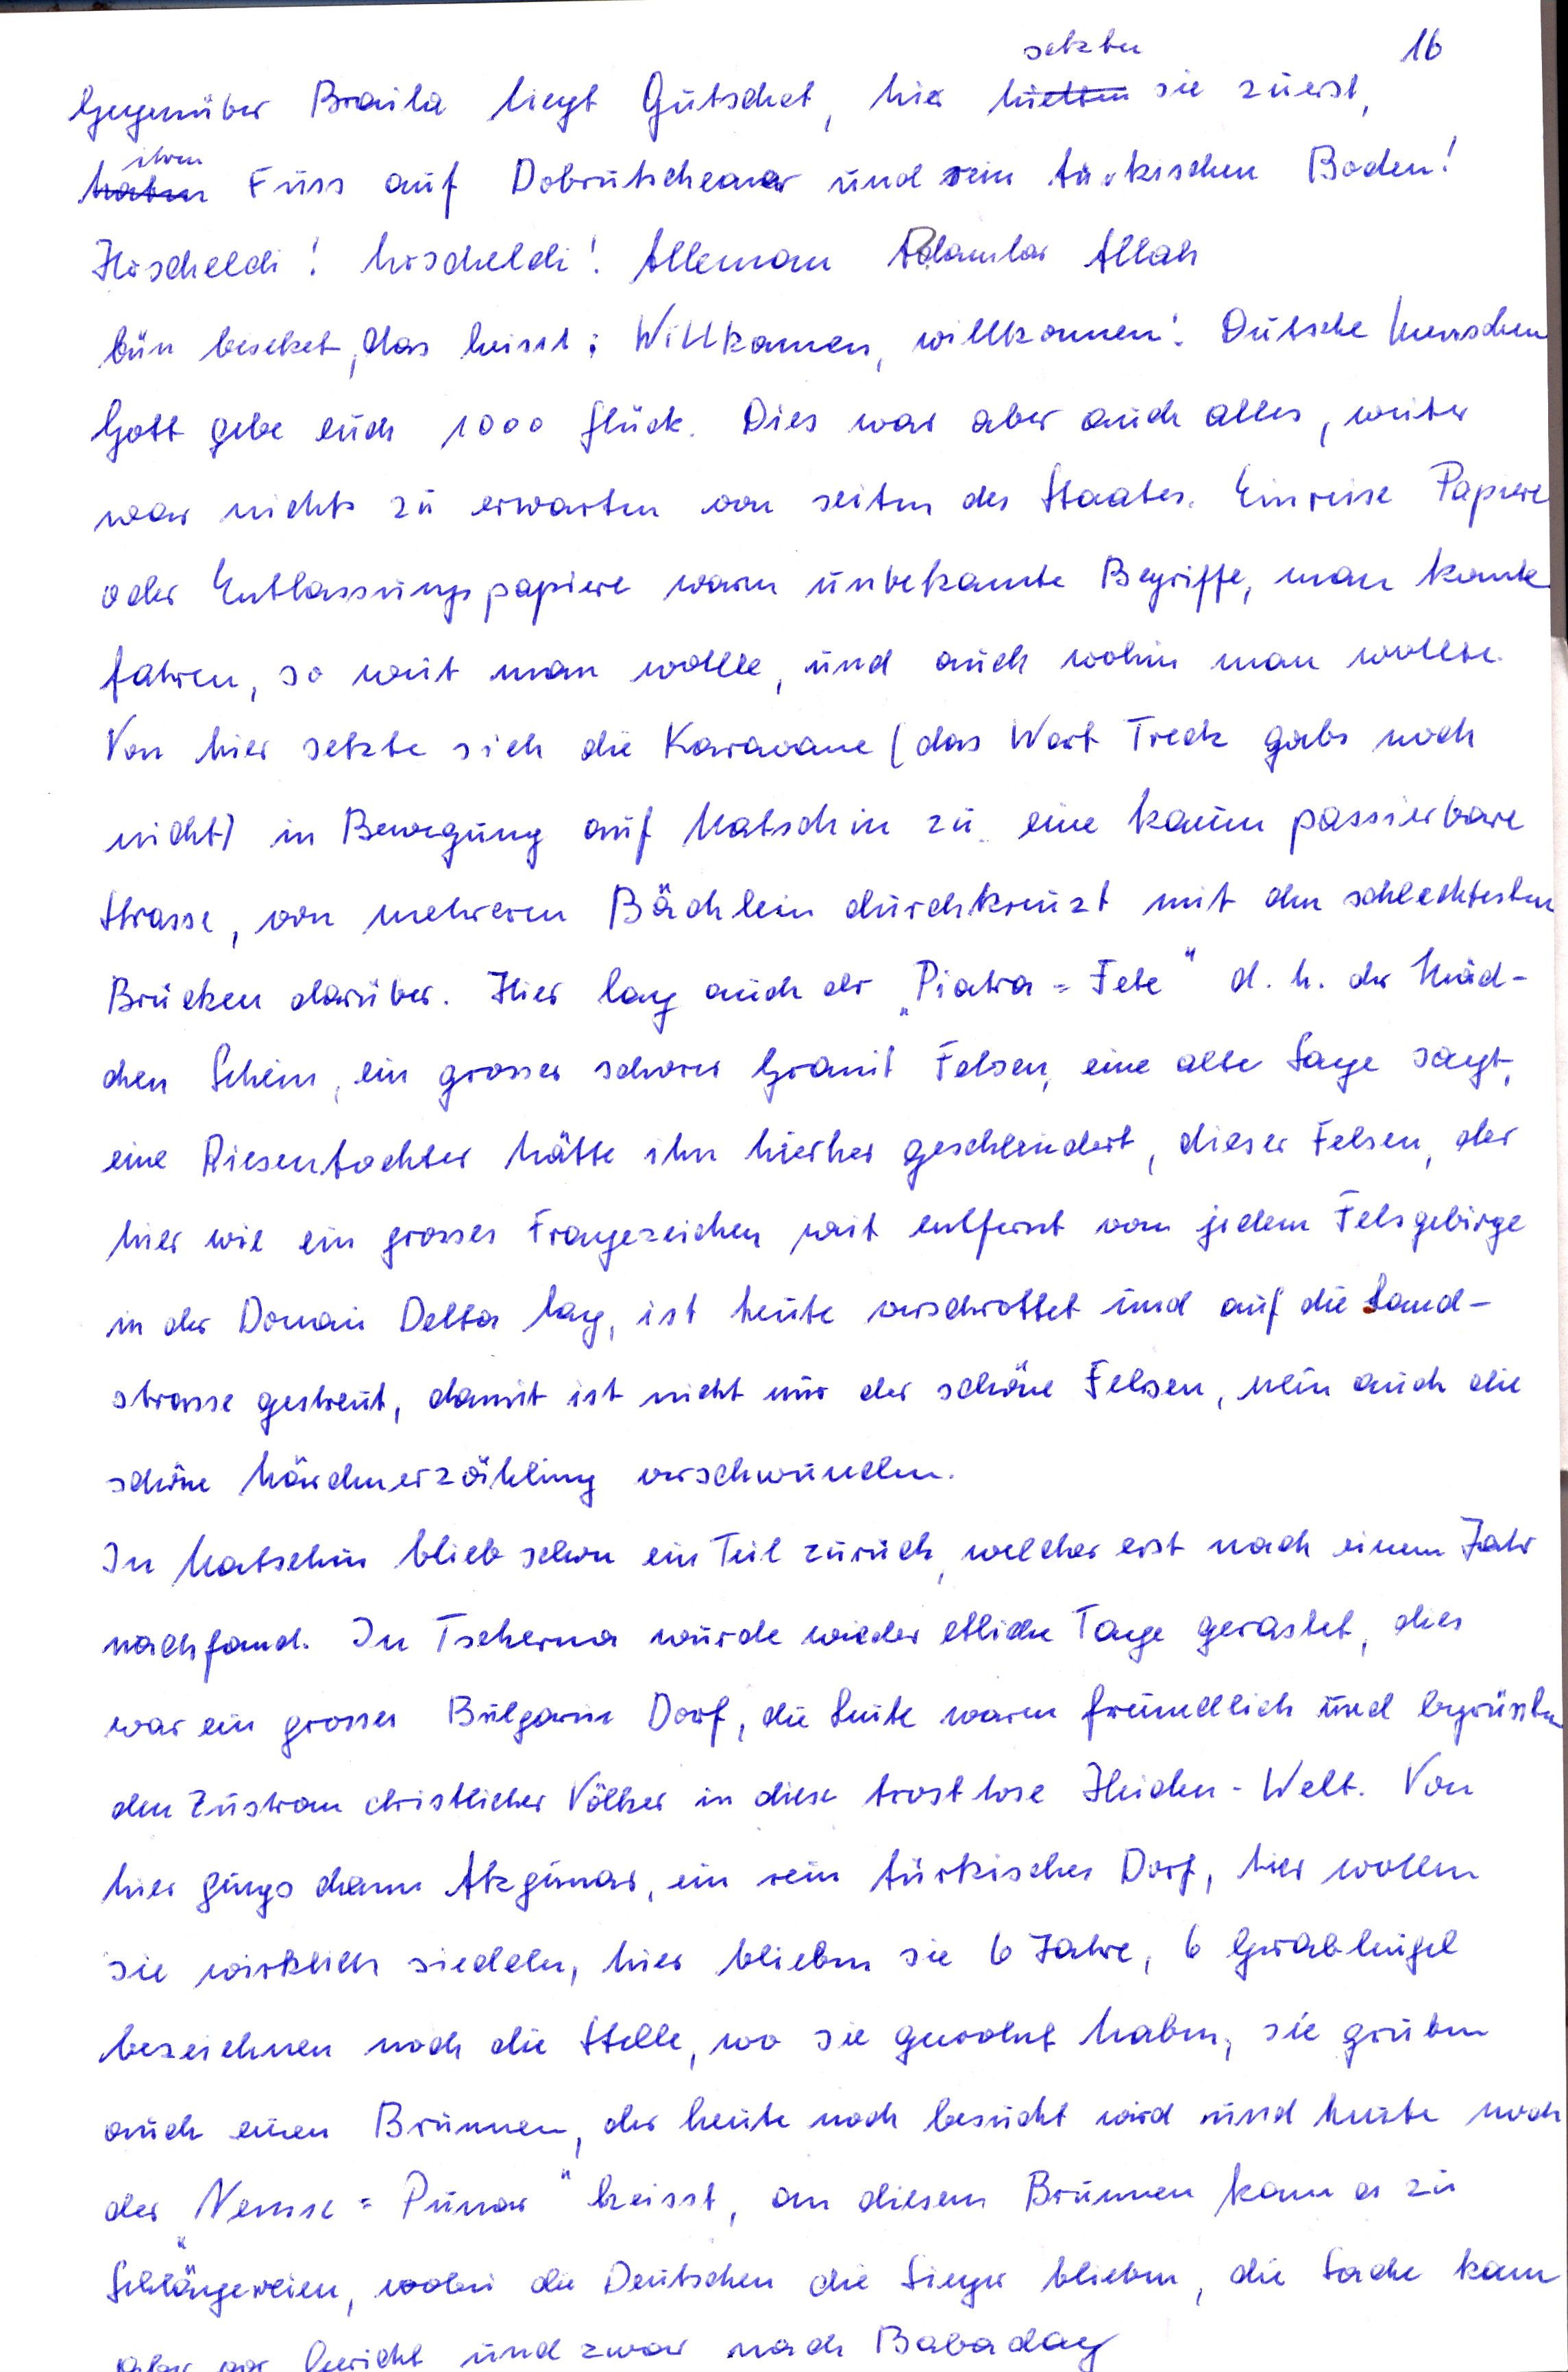
setzten
16
Gegenüber Braila liegt Gutschet, hier hielten sie zuerst
ihren
haben Fuss auf Dobrudscheaner und rein türkischen Boden!
Hoscheldi ! hoscheldi ! Alleman  Polambar Allah
bün bereket, das heisst : Willkommen, willkommen ! Deutsche Menschen
Gott gebe euch 1000 Glück. Dies war aber auch alles, weiter
war nichts zu erwarten von Seiten des Staates. Einreise Papiere
oder Entlassungspapiere  waren unbekannte Begriffe, man konnte
fahren, so weit man wollte, und auch wohin man wollte
Von hier setzte sich die Karawane ( das Wort Treck gabs noch
nicht) in Bewegung auf Matschin zu eine kaum passierbare
Strasse , von mehreren Bächlein durchkreuzt mit den schlechtesten
Brücken darüber. Hier lag auch der Piatra Fete d.h. der Mäd-
chen Stein ,  ein grosser schwerer Granit Felsen, eine alte Sage  sagt,
eine Riesentochter hätte ihn hierher geschleudert ,  dieser Felsen , der
hier wie ein grosses Fragezeichen weit entfernt von jedem Felsgebirge
in der Donau Delta lag, ist heute verschrottet und auf die Land-
strasse gestreut, damit ist nicht nur der schöne Felsen, nein auch die
schöne Märchenerzählung verschwunden.
In Matschin blieb schon ein Teil zurück , welcher erst nach einem Jahr
nachfand. In Tscherna wurde wieder etliche Tage gerastet, dies
war ein grosses Bulgaren Dorf , die Leute waren freundlich und begrüssten
den Zustrom christlicher Völker in diese trostlose Heiden - Welt. Von
hier gings dann Akpunar, ein rein türkisches Dorf , hier wollen
sie wirklich siedeln, hier blieben sie 6 Jahre , 6 Grabhügel
bezeichnen noch die Stelle , wo sie gewohnt haben, sie gruben
auch einen Brunnen, der heute noch besucht wird und heute noch
der Nemse  = Punar heisst, an diesem Brunnen kam es zu
Schlägereien, wobei die Deutschen die Sieger blieben, die Sache kam
und zwar nach Babadag.